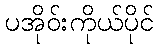
ပအိုဝ်းကိုယ်ပိုင်